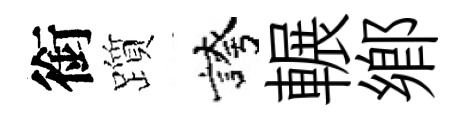
銜躓誇輾鄉